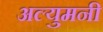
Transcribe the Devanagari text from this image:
अल्युमनी